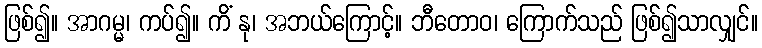
ဖြစ်၍။ အာဂမ္မ၊ ကပ်၍။ ကိံ နု၊ အဘယ်ကြောင့်။ ဘီတောဝ၊ ကြောက်သည် ဖြစ်၍သာလျှင်။